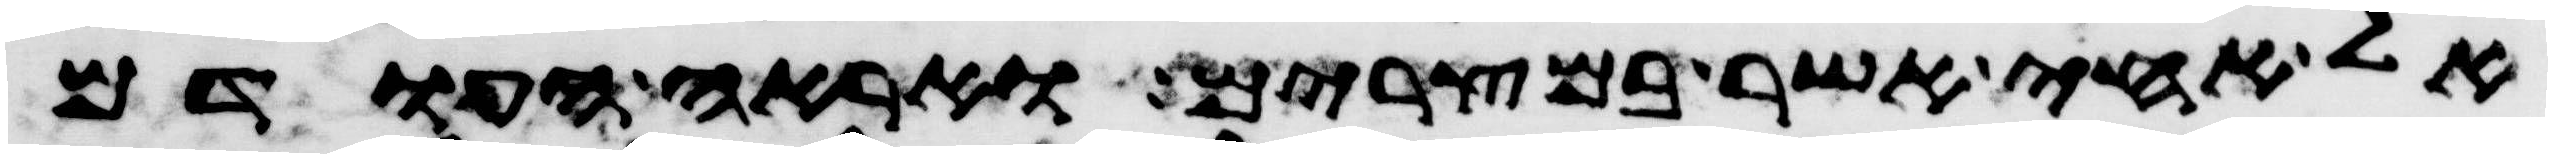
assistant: אל אחי אשר במצרים ואראה העודם